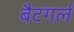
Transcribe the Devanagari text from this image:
बैटगर्ल